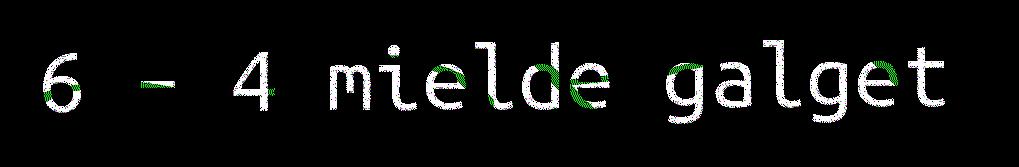
6 – 4 mielde galget